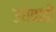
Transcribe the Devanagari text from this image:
उधेवाडी